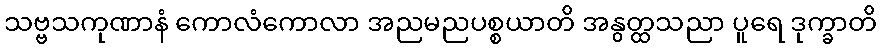
သဗ္ဗသကုဏာနံ ကောလံကောလာ အညမညပစ္စယာတိ အနွတ္ထသညာ ပူရေ ဒုက္ခာတိ